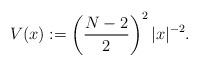
LaTeX: \begin{align*} V(x):=\left({N-2\over 2}\right)^2 |x|^{-2}.\end{align*}